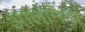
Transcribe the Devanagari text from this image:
आलामेदा